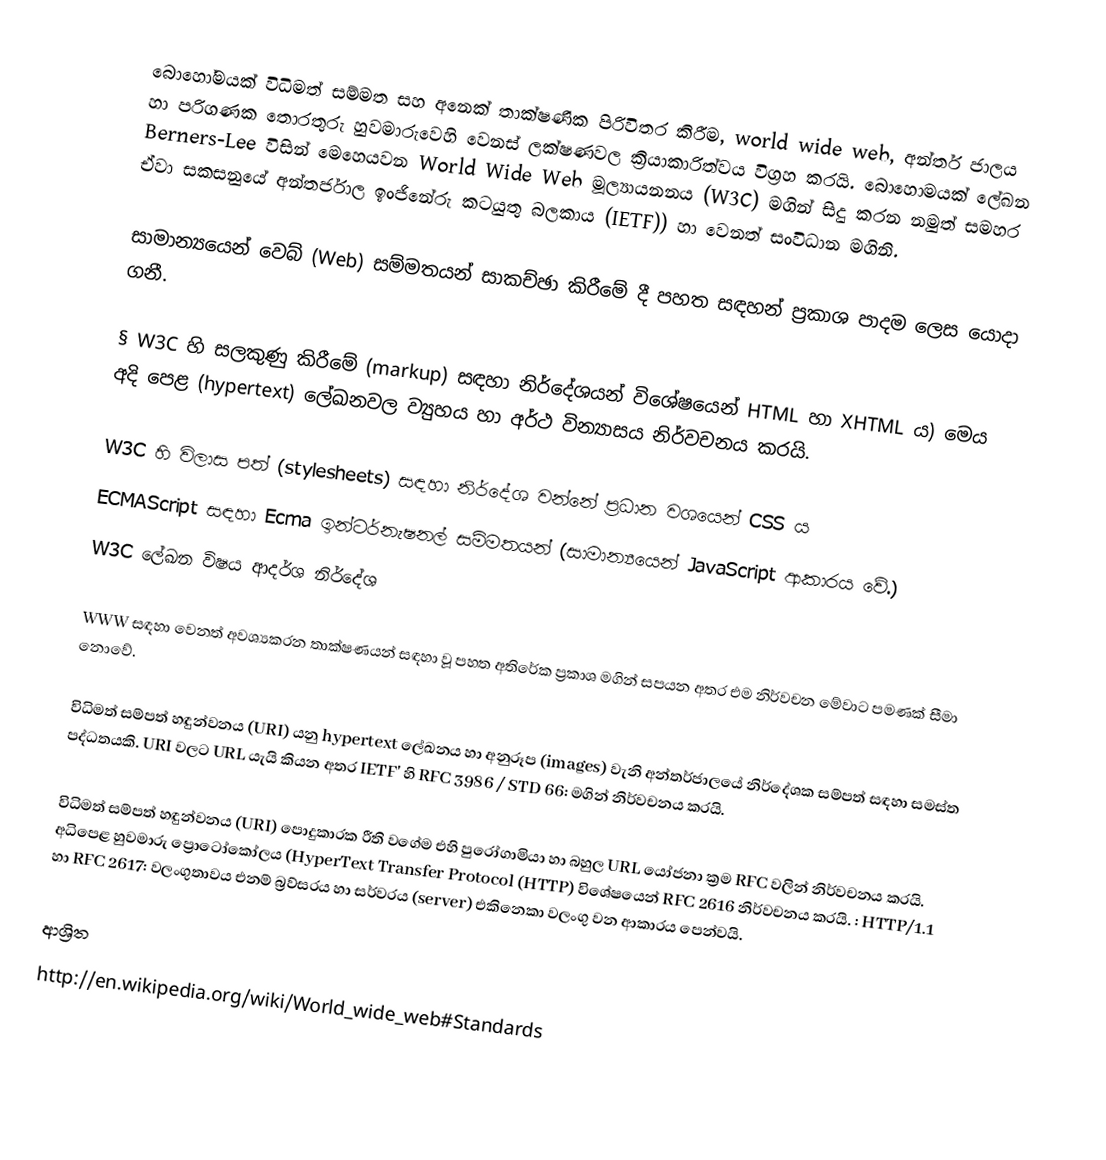
බොහෝමයක් විධිමත් සම්මත සහ අනෙක් තාක්ෂණික පිරිවිතර කිරීම, world wide web, අන්තර් ජාලය හා පරිගණක තොරතුරු හුවමාරුවෙහි වෙනස් ලක්ෂණවල ක්‍රියාකාරිත්වය විග්‍රහ කරයි. බොහොමයක් ලේඛන Berners-Lee  විසින් මෙහෙයවන World Wide Web  මූල්‍යායනනය (W3C) මගින් සිදු කරන නමුත් සමහර ඒවා සකසනුයේ අන්තර්ජාල ඉංජිනේරු කටයුතු බලකාය (IETF)) හා වෙනත් සංවිධාන මගිනි.

සාමාන්‍යයෙන් වෙබ් (Web) සම්මතයන් සාකච්ඡා කිරීමේ දී පහත සඳහන් ප්‍රකාශ පාදම ලෙස යොදා ගනී.

§	W3C හි සලකුණු කිරීමේ (markup) සඳහා නිර්දේශයන් විශේෂයෙන් HTML හා XHTML ය) මෙය අදි පෙළ (hypertext) ලේඛනවල ව්‍යුහය හා අර්ථ වින්‍යාසය නිර්වචනය කරයි.

 W3C හි විලාස පත් (stylesheets) සඳහා නිර්දේශ වන්නේ ප්‍රධාන වශයෙන් CSS ය
 ECMAScript සඳහා Ecma ඉන්ටර්නැෂනල් සම්මතයන් (සාමාන්‍යයෙන් JavaScript ආකාරය වේ.)
 W3C ලේඛන විෂය ආදර්ශ නිර්දේශ

WWW සඳහා වෙනත් අවශ්‍යකරන තාක්ෂණයන් සඳහා වූ පහත අතිරේක ප්‍රකාශ මගින් සපයන අතර එම නිර්වචන මේවාට පමණක් සීමා නොවේ.

විධිමත් සම්පත් හඳුන්වනය (URI) යනු  hypertext ලේඛනය හා අනුරූප (images) වැනි අන්තර්ජාලයේ නිර්දේශක සම්පත් සඳහා සමස්ත පද්ධතයකි. URI වලට URL යැයි කියන අතර IETF' හි RFC 3986 / STD 66:  මගින් නිර්වචනය කරයි.

විධිමත් සම්පත් හඳුන්වනය (URI) පොදුකාරක රීති වගේම එහි පුරෝගාමියා හා බහුල  URL යෝජනා ක්‍රම RFC වලින් නිර්වචනය කරයි. අධිපෙළ හුවමාරු ප්‍රොටෝකෝලය (HyperText Transfer Protocol (HTTP) විශේෂයෙන් RFC 2616 නිර්වචනය කරයි. : HTTP/1.1 හා RFC 2617: වලංගුතාවය එනම් බ්‍රව්සරය හා සර්වරය (server) එකිනෙකා වලංගු වන ආකාරය පෙන්වයි.

ආශ්‍රිත
http://en.wikipedia.org/wiki/World_wide_web#Standards